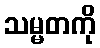
သမ္မတကို